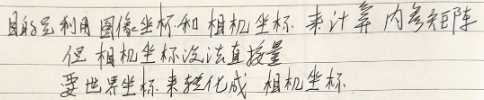
目的是利用图像坐标和相机坐标，来计算内参矩阵。但相机坐标没法直接量，要世界坐标来转化成相机坐标。